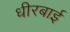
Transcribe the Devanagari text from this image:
धीरबाई